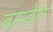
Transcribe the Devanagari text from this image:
बसवेल